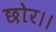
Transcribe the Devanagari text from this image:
छोर।।